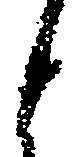
と